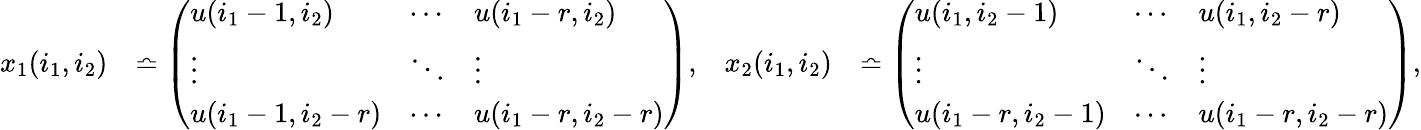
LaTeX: \begin{array}{rlrl}{x_{1}(i_{1},i_{2})}&{\bumpeq\left(\begin{array}{lll}{u(i_{1}-1,i_{2})}&{\cdots}&{u(i_{1}-r,i_{2})}\\ {\vdots}&{\ddots}&{\vdots}\\ {u(i_{1}-1,i_{2}-r)}&{\cdots}&{u(i_{1}-r,i_{2}-r)}\end{array}\right),}&{x_{2}(i_{1},i_{2})}&{\bumpeq\left(\begin{array}{lll}{u(i_{1},i_{2}-1)}&{\cdots}&{u(i_{1},i_{2}-r)}\\ {\vdots}&{\ddots}&{\vdots}\\ {u(i_{1}-r,i_{2}-1)}&{\cdots}&{u(i_{1}-r,i_{2}-r)}\end{array}\right),}\end{array}